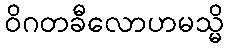
ဝိဂတခီလောဟမသ္မိ